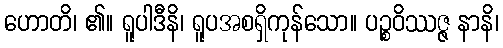
ဟောတိ၊ ၏။ ရူပါဒီနိ၊ ရူပအစရှိကုန်သော။ ပဉ္စဝိဿဇ္ဇ နာနိ၊